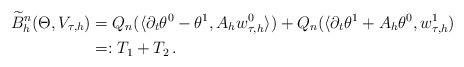
LaTeX: \begin{align*}\begin{aligned} \widetilde B_h^n(\Theta, V_{\tau,h}) & = Q_n (\langle \partial_t \theta^0-\theta^1,A_h w^0_{\tau,h} \rangle) + Q_n (\langle \partial_t \theta^1+ A_h \theta^0,w^1_{\tau,h})\\ & =: T_1 + T_2\,.\end{aligned}\end{align*}